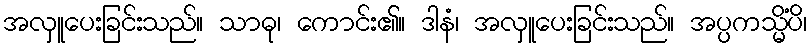
အလှူပေးခြင်းသည်။ သာဓု၊ ကောင်း၏။ ဒါနံ၊ အလှူပေးခြင်းသည်။ အပ္ပကသ္မိံပိ၊